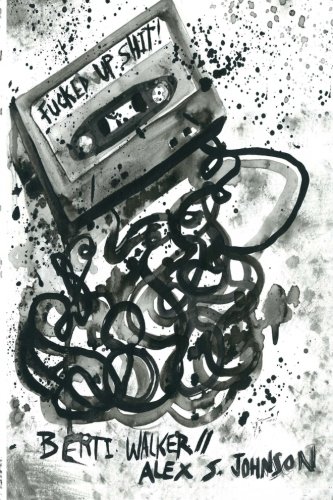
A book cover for Fucked Up Shit: A Mixtape Anthology; Berti Walker; Literature & Fiction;